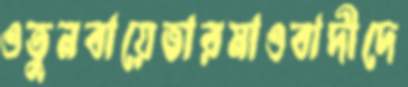
ওতুনবায়েভারমাওবাদীদে